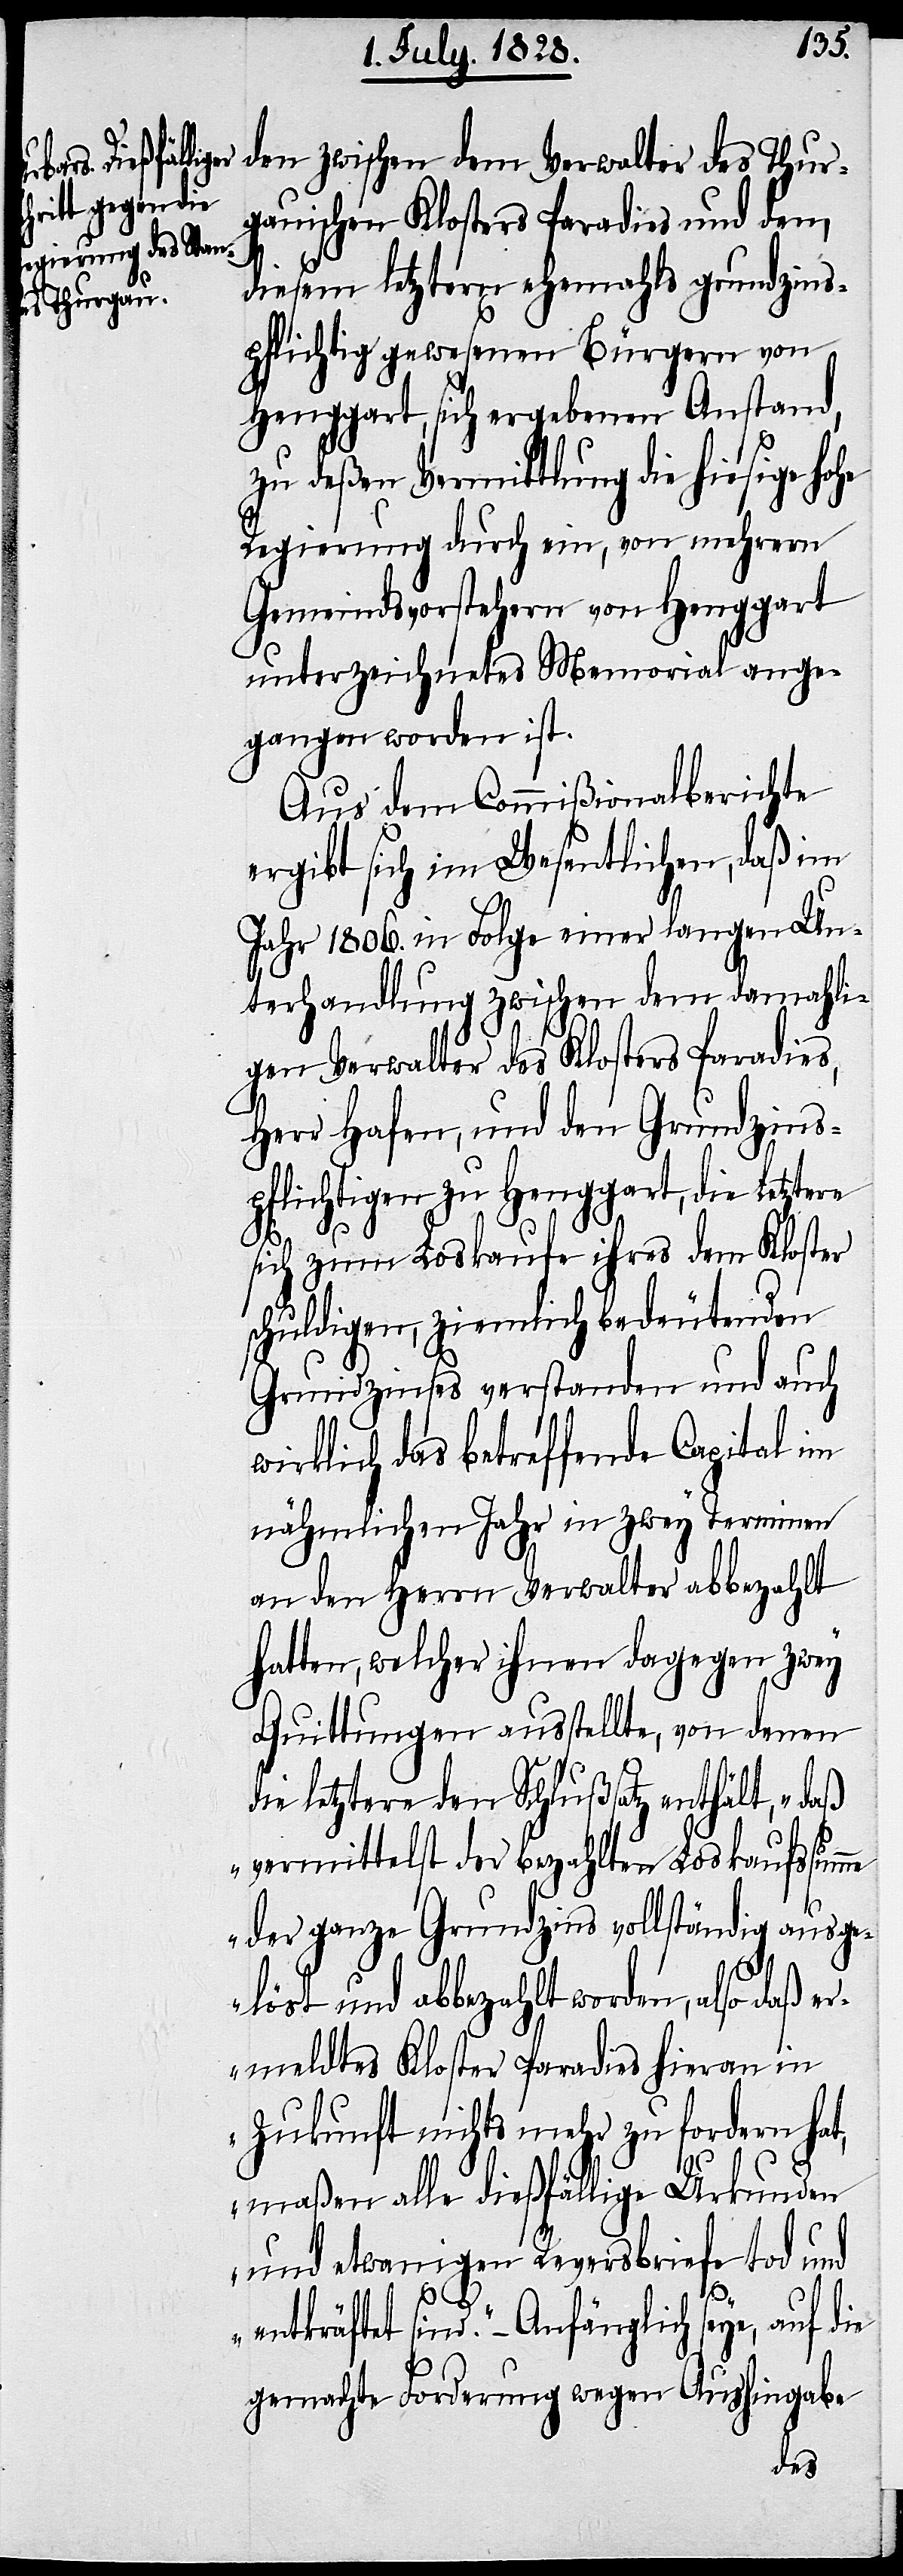
den zwischen dem Verwalter des Thur¬
gauischen Klosters Paradies und den,
diesem letztern ehemahls grundzins¬
pflichtig gewesenen Bürgern von
Henggart, sich ergebenen Anstand,
zu deßen Vermittlung die hiesige h¬
Regierung durch ein, von mehrern
Gemeindsvorstehern von Henggart
unterzeichnetes Memorial ange¬
gangen worden ist.
Aus dem Commißionalberichte
ergibt sich im Wesentlichen, daß im
Jahr 1806. in Folge einer langen Un¬
terhandlung zwischen dem damahli¬
gen Verwalter des Klosters Paradies,
Herr Hafen, und den Grundzins¬
pflichtigen zu Henggart, die Letztern
sich zum Loskaufe ihres dem Kloster
schuldigen, ziemlich bedeutenden
Grundzinses verstanden und auch
wirklich das betreffende Capital im
nähmlichen Jahr in zwey Terminen
an den Herrn Verwalter abbezahlt
hatten, welcher ihnen dagegen zwey
Quittungen ausstellte, von denen
die letztere den Schlußsatz enthält, „daß
vermittelst der bezahlten Loskaufssumme
der ganze Grundzins vollständig ausge¬
löst und abbezahlt worden, also daß
ermeldtes Kloster Paradies hieran in
Zukunft nichts mehr zu fordern hat,
maßen alle dießfällige Urkunden
und etwanigen Reversbriefe tod und
ohe
entkräftet sind.“ – Anfänglich seye, auf die
gemachte Forderung wegen Aushingabe